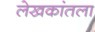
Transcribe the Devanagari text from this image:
लेखकांतला